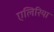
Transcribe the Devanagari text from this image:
एलिरिया